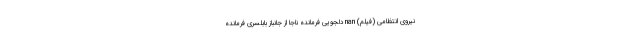
نیروی انتظامی (فیلم) nan دلجویی فرمانده ناجا از جانباز بابلسری فرمانده